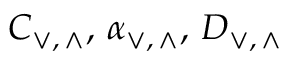
C _ { \vee , \, \wedge } , \, \alpha _ { \vee , \, \wedge } , \, D _ { \vee , \, \wedge }